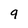
Character: 9